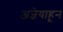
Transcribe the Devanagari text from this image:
अज्ञेयाहून